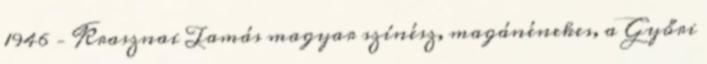
1946 – Krasznai Tamás magyar színész, magánénekes, a Győri